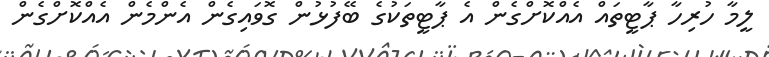
ލީމާ ހުރިހާ ޕާޓީތައް އެއްކޮށްގެން އެ ޕާޓީތަކުގެ ބޭފުޅުން ގޮވައިގެން އެންމެން އެއްކޮށްގެން